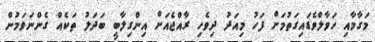
މަގާމާއި ހަވާލްވެޑައިގަތުމަށް ފަހު މިއަދު ދިވެހި ރާއްޖެއަށް އިންގިލާބީ ބަދަލު ތަކެއް ގެންނަވަމުން